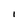
Character: I